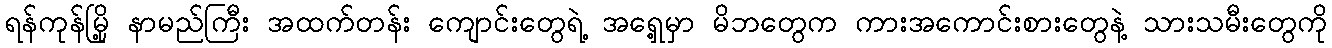
ရန်ကုန်မြို့ နာမည်ကြီး အထက်တန်း ကျောင်းတွေရဲ့ အရှေ့မှာ မိဘတွေက ကားအကောင်းစားတွေနဲ့ သားသမီးတွေကို